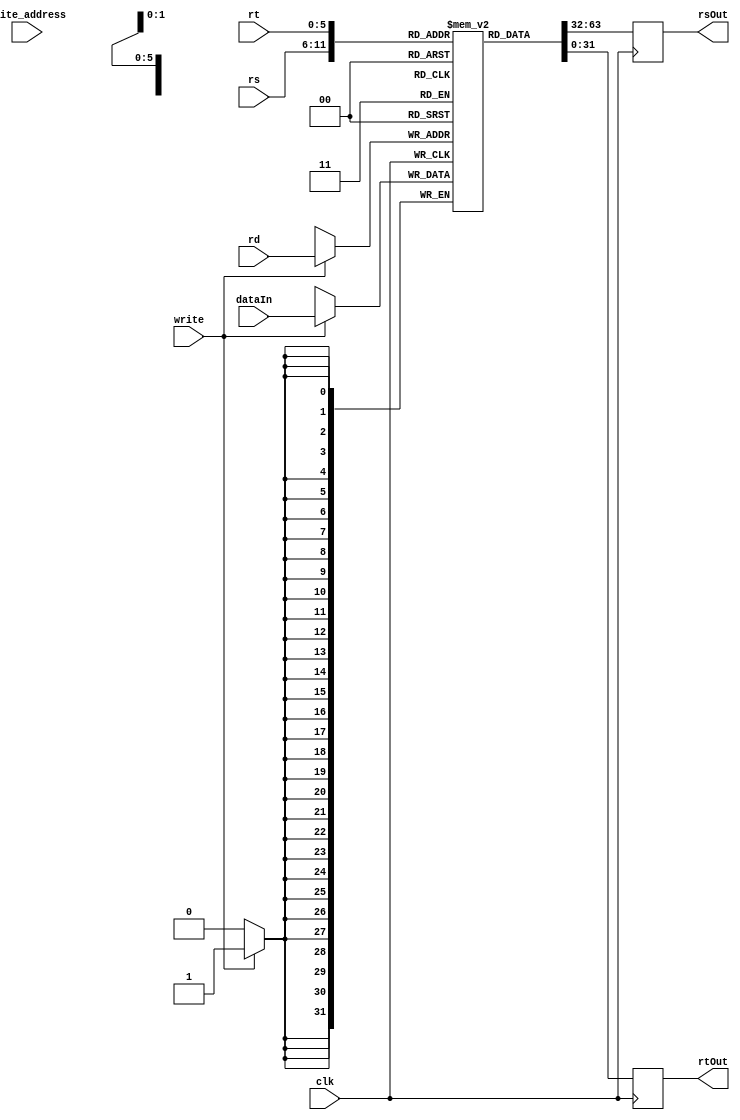
`timescale 1ns / 1ps
//////////////////////////////////////////////////////////////////////////////////
// Company: 
// Engineer: 
// 
// Design Name: 
// Module Name: register
// Project Name: 
// Target Devices: 
// Tool Versions: 
// Description: 
// 
// Dependencies: 
// 
// Revision:
// Revision 0.01 - File Created
// Additional Comments:
// 
//////////////////////////////////////////////////////////////////////////////////


module register(rs,rt,rd,dataIn,write,write_address,clk,rsOut,rtOut);

input [5:0]rs;
input [5:0]rt;
input [5:0]rd;
input write;
input clk;
input [31:0]dataIn;
input [31:0] write_address;

output reg[31:0]rsOut;
output reg[31:0]rtOut;

reg[31:0] block[63:0];

always @(posedge clk) begin 
    rsOut = block[rs];
    rtOut = block[rt];
    
    if(write == 1)
        block[rd] = dataIn;
end

endmodule